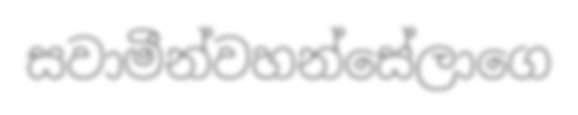
සවාමීන්වහන්සේලාගෙ